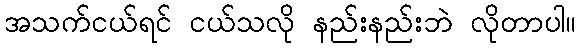
အသက်ငယ်ရင် ငယ်သလို နည်းနည်းဘဲ လိုတာပါ။